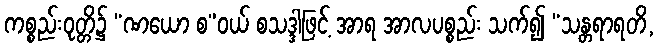
ကစ္စည်းဝုတ္တိ၌ “ဏယော စ”ဝယ် စသဒ္ဒါဖြင့် အာရ အာလပစ္စည်း သက်၍ “သန္တရာရတိ,